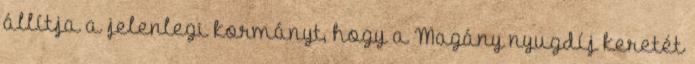
állítja a jelenlegi kormányt, hogy a Magány nyugdíj keretét